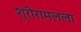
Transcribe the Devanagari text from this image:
श्रीरामलला